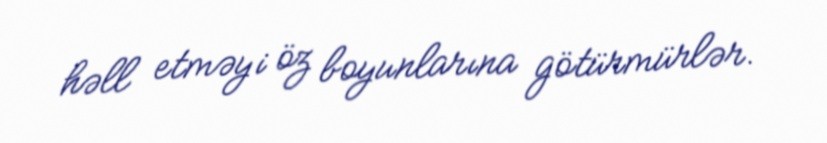
həll etməyi öz boyunlarına götürmürlər.